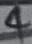
Text: 4